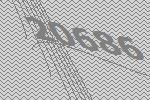
20686